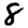
Digit: 8